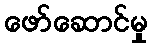
ဖော်ဆောင်မှု